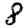
Digit: 8